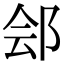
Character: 郐